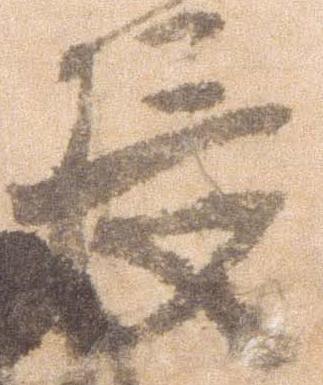
長